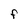
Character: F